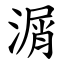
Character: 㴮